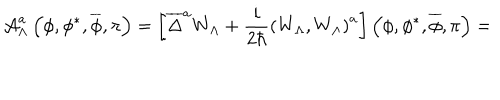
{ \cal A } _ { \Lambda } ^ { a } \left( \phi , \phi ^ { * } , \overline { { { \phi } } } , \pi \right) = \left[ \overline { { { \Delta } } } ^ { a } W _ { \Lambda } + \frac i { 2 \hbar } \left( W _ { \Lambda } , W _ { \Lambda } \right) ^ { a } \right] \left( \phi , \phi ^ { * } , \overline { { { \phi } } } , \pi \right) =